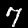
Label: 7